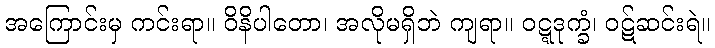
အကြောင်းမှ ကင်းရာ။ ဝိနိပါတော၊ အလိုမရှိဘဲ ကျရာ။ ဝဋ္ဋဒုက္ခံ၊ ဝဋ်ဆင်းရဲ။